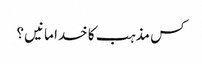
کس مذہب کا خدا مانیں ؟